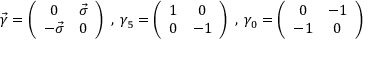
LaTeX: \vec { \gamma } = \left( \begin{array} { c c } { { 0 } } & { { \vec { \sigma } } } \\ { { - \vec { \sigma } } } & { { 0 } } \end{array} \right) \; , \; \gamma _ { 5 } = \left( \begin{array} { c c } { { 1 } } & { { 0 } } \\ { { 0 } } & { { - 1 } } \end{array} \right) \; , \; \gamma _ { 0 } = \left( \begin{array} { c c } { { 0 } } & { { - 1 } } \\ { { - 1 } } & { { 0 } } \end{array} \right)